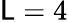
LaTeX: \mathsf{L}=4